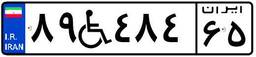
۴۹W۲۲۴۴۲